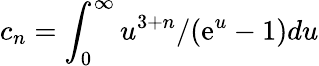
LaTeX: c_{n}=\int_{0}^{\infty}u^{3+n}/(\mathrm{e}^{u}-1)du